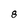
Character: 8